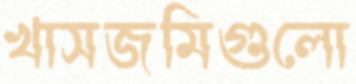
খাসজমিগুলো